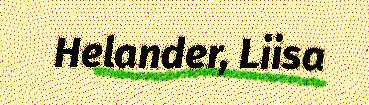
Helander, Liisa